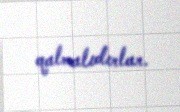
qalmalıdırlar.